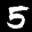
Label: 5